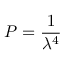
P = { \frac { 1 } { \lambda ^ { 4 } } }